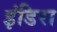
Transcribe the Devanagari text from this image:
इंडिरा